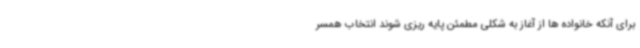
برای آنکه خانواده ها از آغاز به شکلی مطمئن پایه ریزی شوند انتخاب همسر